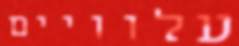
עלוויים